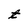
Character: t